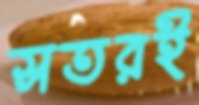
সতরই